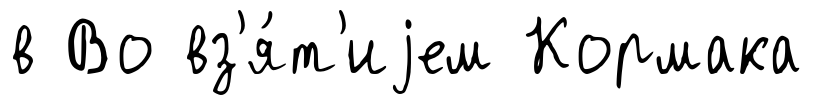
в Во вз'я́т'иjем Кормака